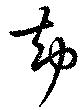
却